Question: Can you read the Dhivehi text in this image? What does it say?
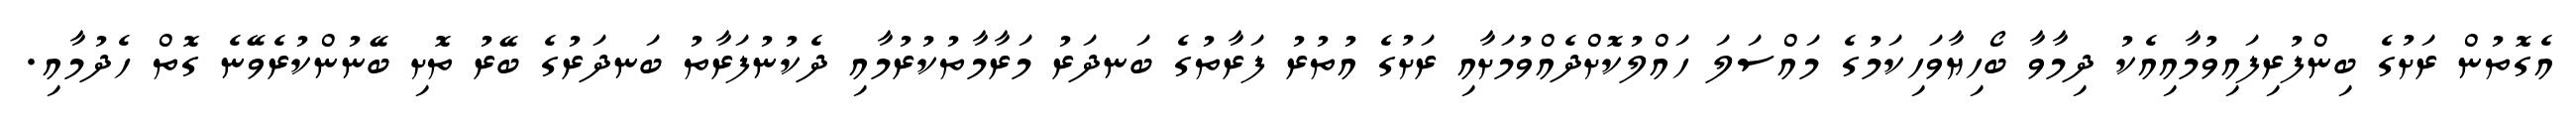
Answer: އެގޮތުން ރަށުގެ ބިންފުރިފައިވުމާއިއެކު ދިމާވާ ބޯހިޔާވަހިކަމުގެ މައްސަލަ ހައްލުކޮށްދެއްވުމަށާއި ރަށުގެ އުތުރު ފަރާތުގެ ބަނދަރު މަރާމާތުކުރުމާއި ދެކުނުފަރާތު ބަނދަރުގެ ބޭރު ތޮށި ބޭނުންކުރެވޭނެ ގޮތް ހެދުމާއި.